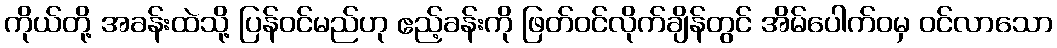
ကိုယ်တို့ အခန်းထဲသို့ ပြန်ဝင်မည်ဟု ဧည့်ခန်းကို ဖြတ်ဝင်လိုက်ချိန်တွင် အိမ်ပေါက်ဝမှ ဝင်လာသော